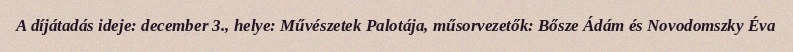
A díjátadás ideje: december 3., helye: Művészetek Palotája, műsorvezetők: Bősze Ádám és Novodomszky Éva